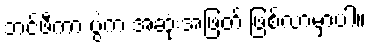
ဘင်ဖီကာ ပွဲက အဆုံးအဖြတ် ဖြစ်လာမှာပါ။